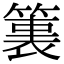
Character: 𮅶